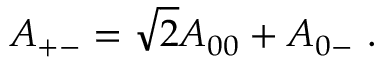
{ \cal A } _ { + - } = \sqrt { 2 } { \cal A } _ { 0 0 } + { \cal A } _ { 0 - } ~ .